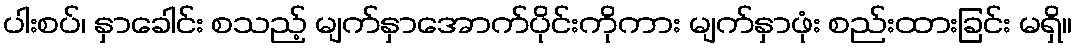
ပါးစပ်၊ နှာခေါင်း စသည့် မျက်နှာအောက်ပိုင်းကိုကား မျက်နှာဖုံး စည်းထားခြင်း မရှိ။